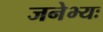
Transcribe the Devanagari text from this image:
जनेभ्यः